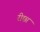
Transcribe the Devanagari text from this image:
रीछा